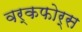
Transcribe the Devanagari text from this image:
वर्कफोर्स